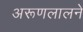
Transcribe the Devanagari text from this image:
अरूणलालने